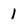
Character: I